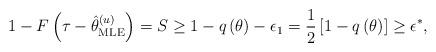
LaTeX: \begin{align*}1 - F\left( {\tau - \hat \theta _{{\rm{MLE}}}^{(u)}} \right) = S \ge 1 - q\left( \theta \right) - {\epsilon _1} = \frac{1}{2}\left[ {1 - q\left( \theta \right)} \right] \ge {\epsilon ^*},\end{align*}